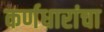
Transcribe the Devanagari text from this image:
कर्णधारांचा